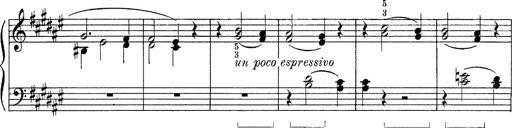
Title: FÃ¼nf KlavierstÃ¼cke
Composer: Franz Liszt